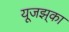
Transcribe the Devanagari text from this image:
यूजझ्‌का